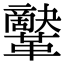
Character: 𩍷